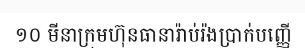
១០ មីនាក្រុមហ៊ុនធានារ៉ាប់រ៉ងប្រាក់បញ្ញើ